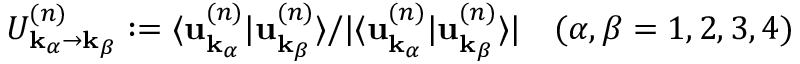
U _ { \mathbf { k } _ { \alpha } \rightarrow \mathbf { k } _ { \beta } } ^ { ( n ) } : = \langle \mathbf { u } _ { \mathbf { k } _ { \alpha } } ^ { ( n ) } \vert \mathbf { u } _ { \mathbf { k } _ { \beta } } ^ { ( n ) } \rangle / \vert \langle \mathbf { u } _ { \mathbf { k } _ { \alpha } } ^ { ( n ) } \vert \mathbf { u } _ { \mathbf { k } _ { \beta } } ^ { ( n ) } \rangle \vert \quad ( \alpha , \beta = 1 , 2 , 3 , 4 )